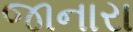
જાનારા